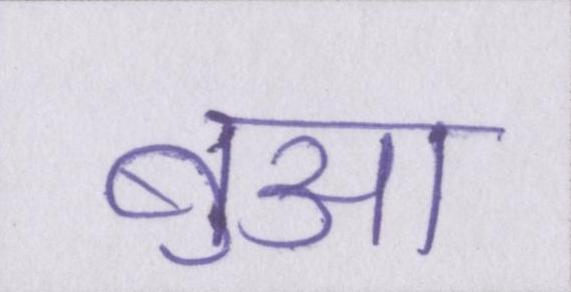
बुआ